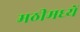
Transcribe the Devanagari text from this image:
मठीमध्यें